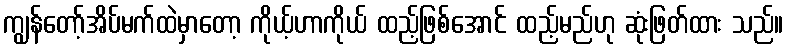
ကျွန်တော့်အိပ်မက်ထဲမှာတော့ ကိုယ့်ဟာကိုယ် ထည့်ဖြစ်အောင် ထည့်မည်ဟု ဆုံးဖြတ်ထား သည်။